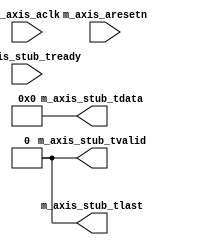
/* 
 * ----------------------------------------------------------------------------
 *  Project:  OpenIRV
 *  Purpose:  AXI4-Stream master stub for debugging purposes.
 * ----------------------------------------------------------------------------
 *  Copyright  2020-2021, Vaagn Oganesyan <ovgn@protonmail.com>
 *  
 *  Licensed under the Apache License, Version 2.0 (the "License");
 *  you may not use this file except in compliance with the License.
 *  You may obtain a copy of the License at
 *  
 *      http://www.apache.org/licenses/LICENSE-2.0
 *  
 *  Unless required by applicable law or agreed to in writing, software
 *  distributed under the License is distributed on an "AS IS" BASIS,
 *  WITHOUT WARRANTIES OR CONDITIONS OF ANY KIND, either express or implied.
 *  See the License for the specific language governing permissions and
 * ----------------------------------------------------------------------------
 */


`default_nettype none
`timescale 1ps / 1ps


module m_axis_stub
(
    (* X_INTERFACE_PARAMETER = "XIL_INTERFACENAME M_RSTIF, POLARITY ACTIVE_LOW" *)
    (* X_INTERFACE_INFO = "xilinx.com:signal:reset:1.0 M_RSTIF RST" *)
    input   wire    m_axis_aresetn,

    (* X_INTERFACE_PARAMETER = "XIL_INTERFACENAME M_CLKIF, ASSOCIATED_BUSIF M_AXIS_STUB, ASSOCIATED_RESET m_axis_aresetn" *)
    (* X_INTERFACE_INFO = "xilinx.com:signal:clock:1.0 M_CLKIF CLK" *)
    input   wire    m_axis_aclk,

    (* X_INTERFACE_PARAMETER = "XIL_INTERFACENAME M_AXIS_STUB, TDATA_NUM_BYTES 4, TDEST_WIDTH 0, TID_WIDTH 0, TUSER_WIDTH 0, HAS_TREADY 1, HAS_TSTRB 0, HAS_TKEEP 0, HAS_TLAST 1" *)
    (* X_INTERFACE_INFO = "xilinx.com:interface:axis:1.0 M_AXIS_STUB TDATA"  *) output  wire    [31:0]  m_axis_stub_tdata,
    (* X_INTERFACE_INFO = "xilinx.com:interface:axis:1.0 M_AXIS_STUB TVALID" *) output  wire            m_axis_stub_tvalid,
    (* X_INTERFACE_INFO = "xilinx.com:interface:axis:1.0 M_AXIS_STUB TREADY" *) input   wire            m_axis_stub_tready,
    (* X_INTERFACE_INFO = "xilinx.com:interface:axis:1.0 M_AXIS_STUB TUSER"  *) output  wire            m_axis_stub_tlast
);
    
    assign m_axis_stub_tdata  = {32{1'b0}};
    assign m_axis_stub_tvalid = 1'b0;
    assign m_axis_stub_tlast  = 1'b0;

endmodule

/*-------------------------------------------------------------------------------------------------------------------------------------*/

`default_nettype wire